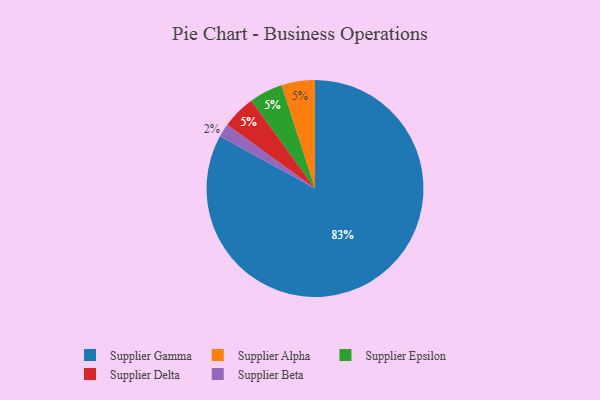
{"axis": {"x": "Category", "y": "Percentage"}, "legend": ["Supplier Alpha", "Supplier Beta", "Supplier Delta", "Supplier Epsilon", "Supplier Gamma"], "data": [{"x": "Supplier Beta", "y": 2, "type": "Supplier Beta"}, {"x": "Supplier Alpha", "y": 5, "type": "Supplier Alpha"}, {"x": "Supplier Epsilon", "y": 5, "type": "Supplier Epsilon"}, {"x": "Supplier Delta", "y": 5, "type": "Supplier Delta"}, {"x": "Supplier Gamma", "y": 83, "type": "Supplier Gamma"}]}